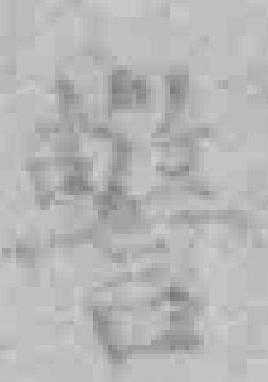
警